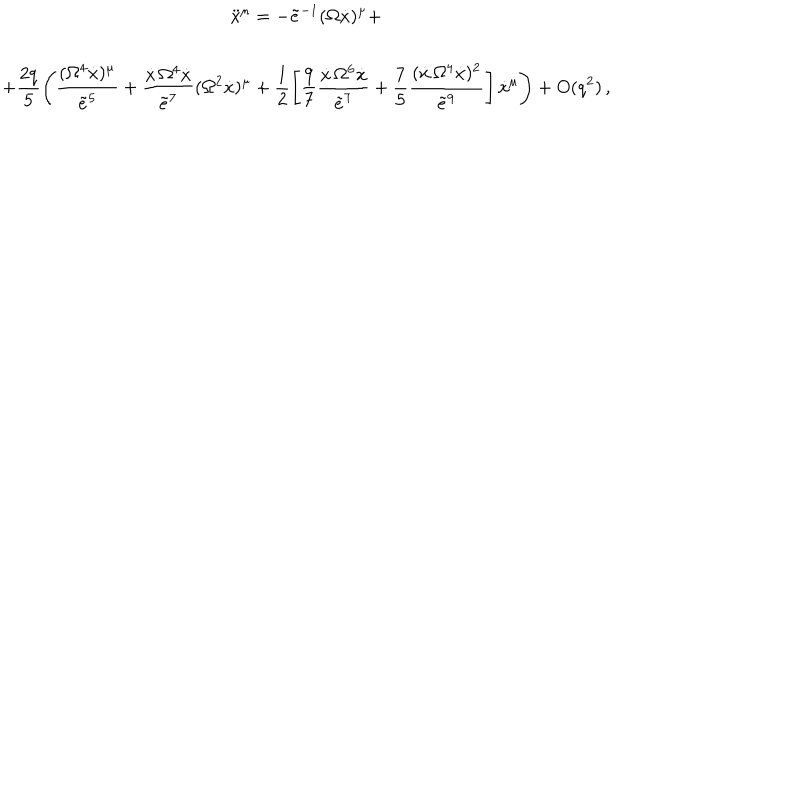
\begin{array} { c } { { \displaystyle { \ddot { x } ^ { \mu } = - \tilde { e } ^ { - 1 } ( \Omega \dot { x } ) ^ { \mu } + } } } \\ { { \displaystyle { + \frac { 2 q } 5 \left( \frac { ( \Omega ^ { 4 } \dot { x } ) ^ { \mu } } { \tilde { e } ^ { 5 } } + \frac { \dot { x } \, \Omega ^ { 4 } \dot { x } } { \tilde { e } ^ { 7 } } ( \Omega ^ { 2 } \dot { x } ) ^ { \mu } + \frac 1 2 \left[ \frac 9 7 \frac { \dot { x } \, \Omega ^ { 6 } \dot { x } } { \tilde { e } ^ { 7 } } + \frac 7 5 \frac { ( \dot { x } \, \Omega ^ { 4 } \dot { x } ) ^ { 2 } } { \tilde { e } ^ { 9 } } \right] \dot { x } ^ { \mu } \right) + O ( q ^ { 2 } ) } \, , } } \\ \end{array}